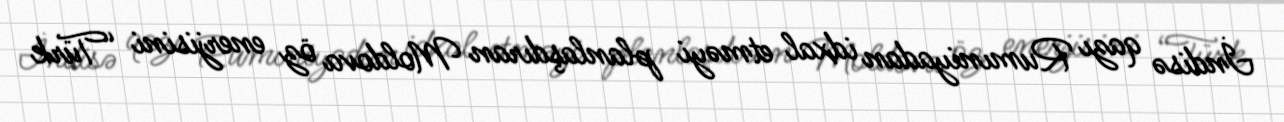
İndisə qazı Rumıniyadan idxal etməyi planlaşdıran Moldova öz enerjisini “Türk